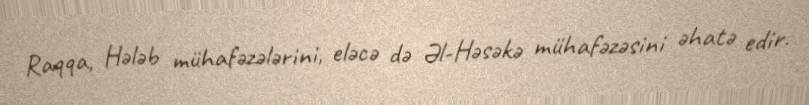
Raqqa, Hələb mühafəzələrini, eləcə də Əl-Həsəkə mühafəzəsini əhatə edir.